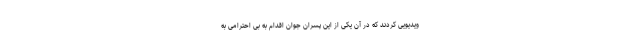
ویدیویی کردند که در آن یکی از این پسران جوان اقدام به بی احترامی به